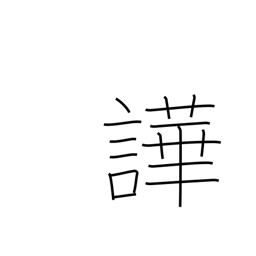
Meaning: noisy